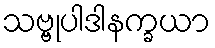
သဗ္ဗုပါဒါနက္ခယာ